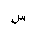
Letter: _sin